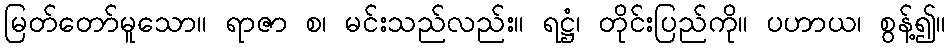
မြတ်တော်မူသော။ ရာဇာ စ၊ မင်းသည်လည်း။ ရဋ္ဌံ၊ တိုင်းပြည်ကို။ ပဟာယ၊ စွန့်၍။